Civil Veterinary Department Bihar reports 1940-50 - 1940-1950
Year: 1940
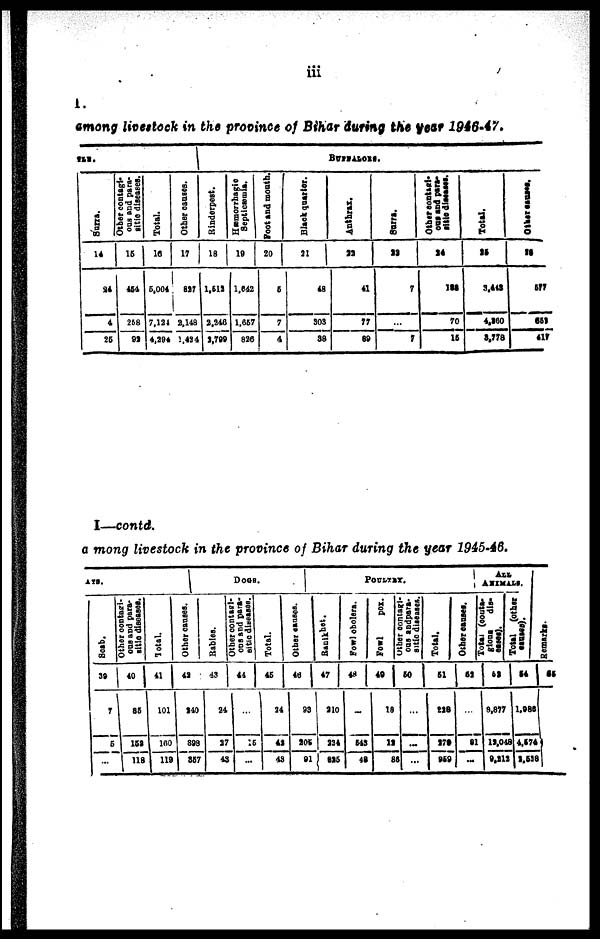
iii
1.
among livestock in the province of Bihar during the year 1946-47.
Fee.
Surra.
14
24
4
25
Other contagi-
ous
end para-
sitic diseases.
15
454
258
92
Total.
16
5,004
7,124
4,294
Other causes.
17
...
2,148
1,424
BUFFALOES.
Rinderpest.
18
1,512
2,246
2,799
Hæmorrhagic
Septicæmia.
19
1,642
1,667
826
Foot and mouth.
20
6
7
4
Black quarter.
21
48
S03
38
Anthrax.
22
41
77
89
Surra.
23
7
...
7
Other contagi-
ous
and para-
sites diseases.
24
188
70
16
Total.
25
3,443
4,260
3,778
Other causes.
26
6f7
651
417
I—contd.
a mong livestock in the province of Bihar during the year 1945-46.
Ars.
Scab.
39
7
5
...
Other contagi-
ous and para-
sitic diseases.
40
85
152
I 118
Total.
41
101
160
1 119
Other causes.
42
240
898
857
DOGS.
Babies.
43
24
27
43
Other contagi-
ous and para-
sitic diseases.
44
...
15
...
Total.
45
24
42
43
Other causes.
16
93
205
91
POULTRY.
Ranikhet.
47
210
224
825
Fowl cholera.
48
...
643
48
Fowl
pox.
49
18
12
8<
other contagi-
ous
and para-
sitic diseases.
50
...
...
...
Total.
51
228
178
969
Other causes.
52
...
81
...
ALL
ANIMALS.
Total (contagious
diseases).
53
8,877
12,048
9,212
Total (other
causes).
54
1,986
4,574
2,538
Remarks.
55
i